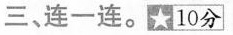
三、连一连。★10分